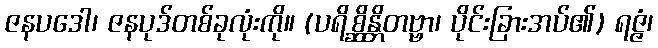
ဇနပဒေါ၊ ဇနပုဒ်တစ်ခုလုံးကို။ (ပရိစ္ဆိန္တိတဗ္ဗာ၊ ပိုင်းခြားအပ်၏) ရဇ္ဇံ၊